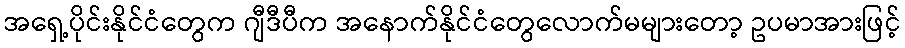
အရှေ့ပိုင်းနိုင်ငံတွေက ဂျီဒီပီက အနောက်နိုင်ငံတွေလောက်မများတော့ ဥပမာအားဖြင့်